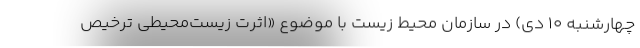
چهارشنبه ۱۰ دی) در سازمان محیط زیست با موضوع «اثرت زیست‌محیطی ترخیص